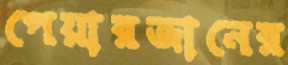
পেয়ারজানের